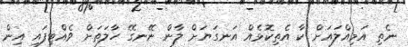
ނެތި އަމިއްލައަށް ކާ އެތިކޮޅެއް އަނގަޔަށް ލާން ނޭނގޭ ހާލަތަށް ވެއްޓިފައި އިން